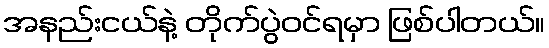
အနည်းငယ်နဲ့ တိုက်ပွဲဝင်ရမှာ ဖြစ်ပါတယ်။